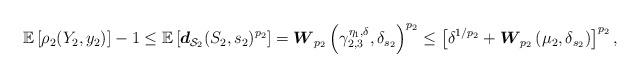
LaTeX: \begin{align*}\begin{aligned}\mathbb{E} \left[ \rho_2 (Y_2, y_2) \right] - 1 & \leq \mathbb{E} \left[ \boldsymbol{d}_{\mathcal{S}_2 } (S_2, s_2)^{p_2} \right] = \boldsymbol{W}_{p_2} \left(\gamma_{2,3}^{\eta_1, \delta}, \delta_{s_2 } \right)^{p_2} \leq \left[ \delta^{1/p_2} + \boldsymbol{W}_{p_2} \left(\mu_2 , \delta_{s_2} \right) \right]^{p_2} ,\\\end{aligned}\end{align*}